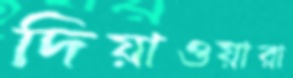
দিয়াওয়ারা